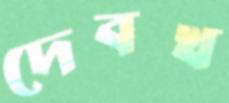
দেবখ